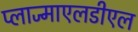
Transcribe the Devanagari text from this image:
प्लाज्माएलडीएल